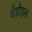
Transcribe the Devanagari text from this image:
चंडोइल